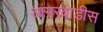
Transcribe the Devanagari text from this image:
आगरवाडीस